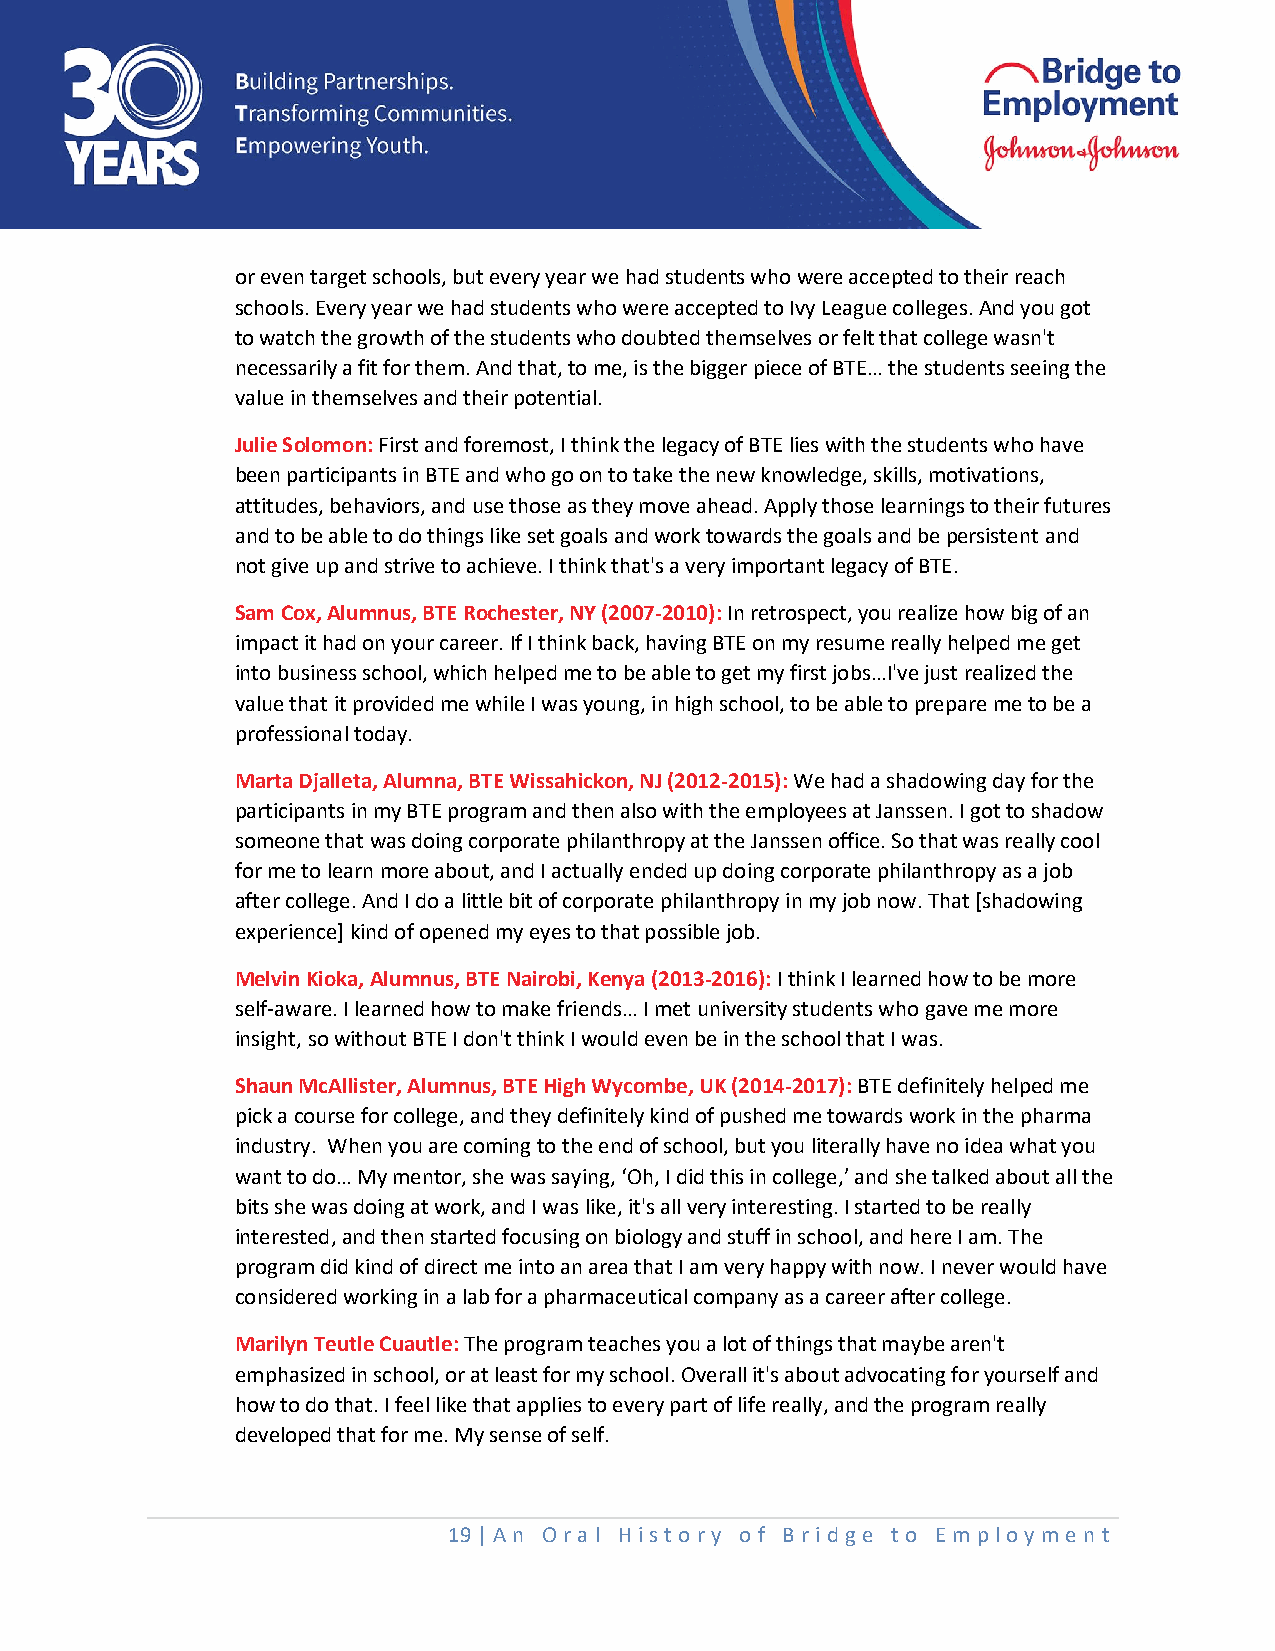
or even target schools, but every year we had students who were accepted to their reach
 schools. Every year we had students who were accepted to Ivy League colleges. And you got
 to watch the growth of the students who doubted themselves or felt that college wasn't
 necessarily a fit for them. And that, to me, is the bigger piece of BTE… the students seeing the
 value in themselves and their potential.
 Julie Solomon: First and foremost, I think the legacy of BTE lies with the students who have
 been participants in BTE and who go on to take the new knowledge, skills, motivations,
 attitudes, behaviors, and use those as they move ahead. Apply those learnings to their futures
 and to be able to do things like set goals and work towards the goals and be persistent and
 not give up and strive to achieve. I think that's a very important legacy of BTE.
 Sam Cox, Alumnus, BTE Rochester, NY (2007-2010): In retrospect, you realize how big of an
 impact it had on your career. If I think back, having BTE on my resume really helped me get
 into business school, which helped me to be able to get my first jobs…I've just realized the
 value that it provided me while I was young, in high school, to be able to prepare me to be a
 professional today.
 Marta Djalleta, Alumna, BTE Wissahickon, NJ (2012-2015): We had a shadowing day for the
 participants in my BTE program and then also with the employees at Janssen. I got to shadow
 someone that was doing corporate philanthropy at the Janssen office. So that was really cool
 for me to learn more about, and I actually ended up doing corporate philanthropy as a job
 after college. And I do a little bit of corporate philanthropy in my job now. That [shadowing
 experience] kind of opened my eyes to that possible job.
 Melvin Kioka, Alumnus, BTE Nairobi, Kenya (2013-2016): I think I learned how to be more
 self-aware. I learned how to make friends… I met university students who gave me more
 insight, so without BTE I don't think I would even be in the school that I was.
 Shaun McAllister, Alumnus, BTE High Wycombe, UK (2014-2017): BTE definitely helped me
 pick a course for college, and they definitely kind of pushed me towards work in the pharma
 industry. When you are coming to the end of school, but you literally have no idea what you
 want to do… My mentor, she was saying, ‘Oh, I did this in college,’ and she talked about all the
 bits she was doing at work, and I was like, it's all very interesting. I started to be really
 interested, and then started focusing on biology and stuff in school, and here I am. The
 program did kind of direct me into an area that I am very happy with now. I never would have
 considered working in a lab for a pharmaceutical company as a career after college.
 Marilyn Teutle Cuautle: The program teaches you a lot of things that maybe aren't
 emphasized in school, or at least for my school. Overall it's about advocating for yourself and
 how to do that. I feel like that applies to every part of life really, and the program really
 developed that for me. My sense of self.
 19 | An O ral History o f Bridge t o Em ploy me nt